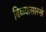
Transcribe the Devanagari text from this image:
बिब्ब्यासारखे